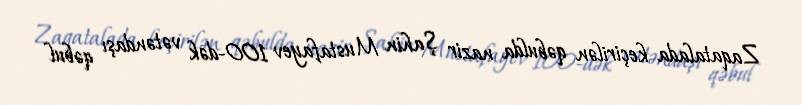
Zaqatalada keçirilən qəbulda nazir Şahin Mustafayev 100-dək vətəndaşı qəbul